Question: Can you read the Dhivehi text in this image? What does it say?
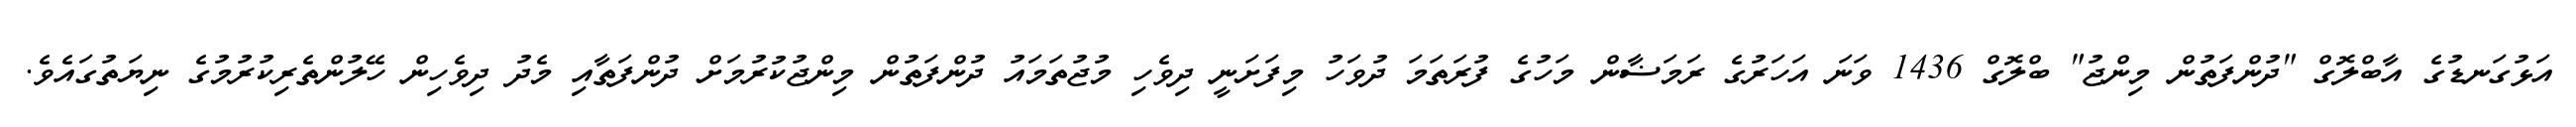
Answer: އަޅުގަނޑުގެ އާބްލޮގް "ދުންފަތުން މިންޖު" ބްލޮގް 1436 ވަނަ އަހަރުގެ ރަމަޟާން މަހުގެ ފުރަތަމަ ދުވަހު މިފަށަނީ ދިވެހި މުޖުތަމައު ދުންފަތުން މިންޖުކުރުމަށް ދުންފަތާއި މެދު ދިވެހިން ހޭލުންތެރިކުރުމުގެ ނިޔަތުގައެވެ.